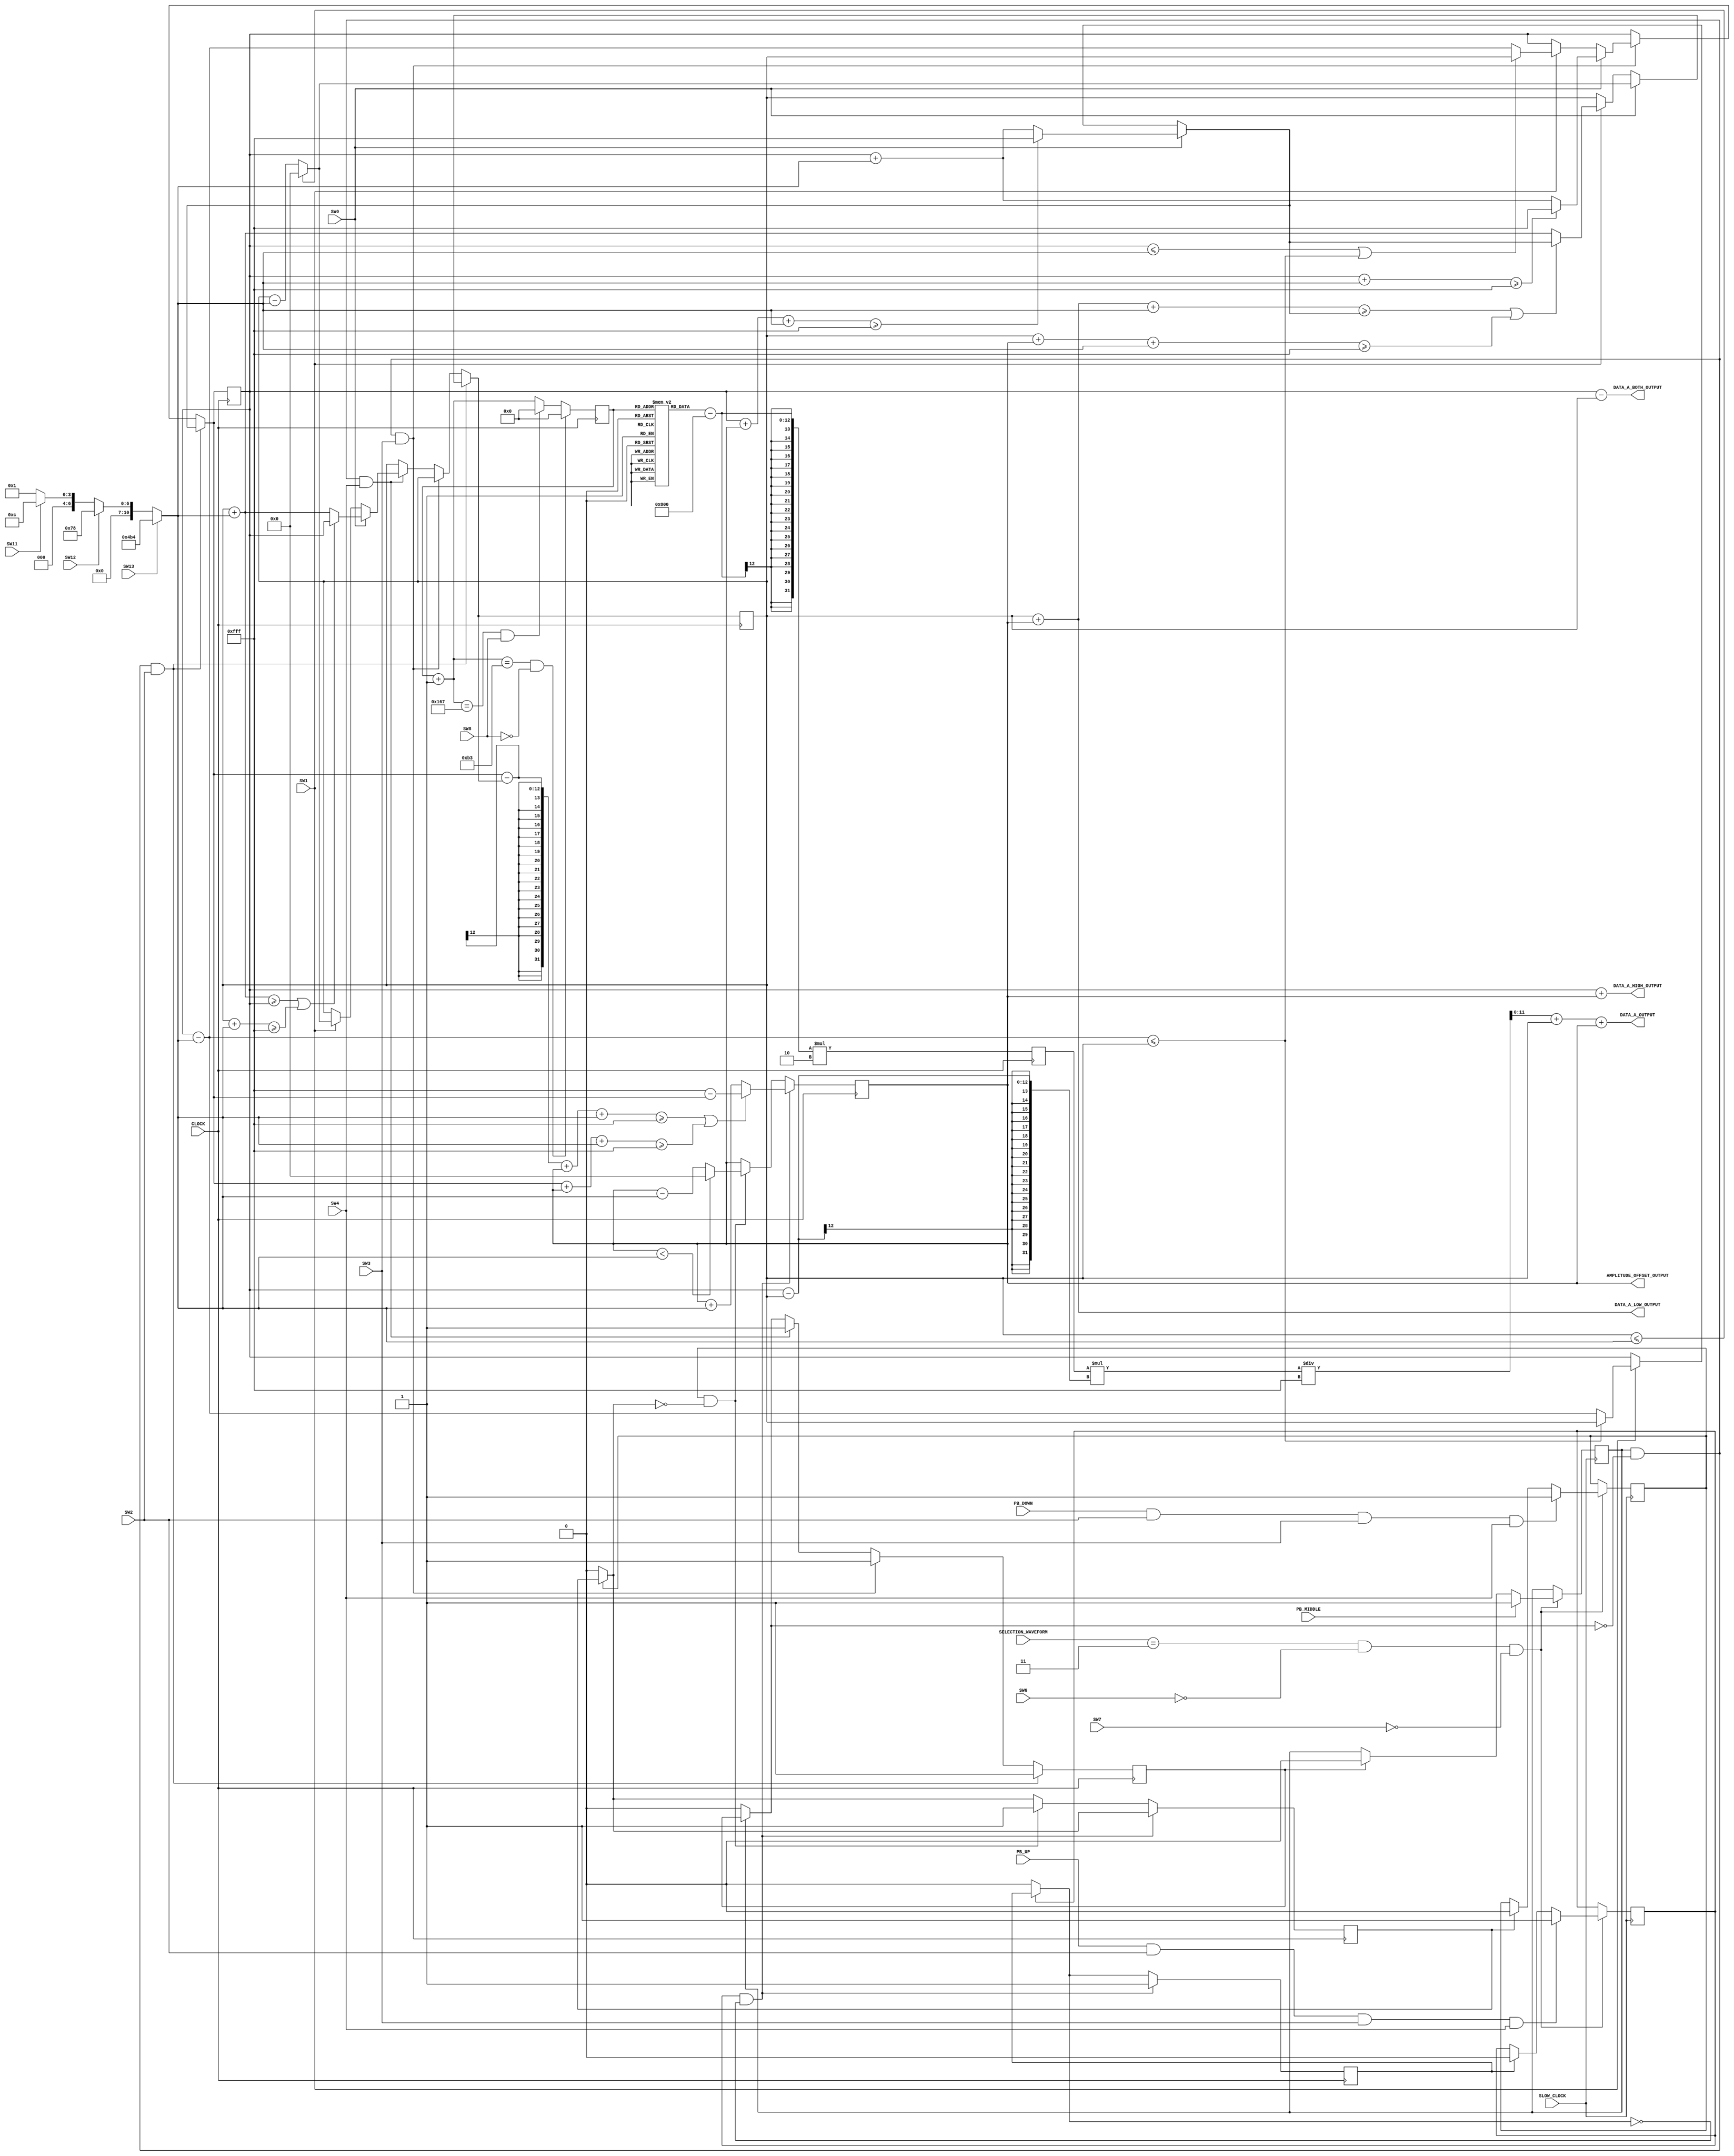
`timescale 1ns / 1ps
//////////////////////////////////////////////////////////////////////////////////
// Company: 
// Engineer: 
// 
// Design Name: 
// Module Name: SINE_WAVE_RECTIFIED
// Project Name: 
// Target Devices: 
// Tool Versions: 
// Description: 
// 
// Dependencies: 
// 
// Revision:
// Revision 0.01 - File Created
// Additional Comments:
// 
//////////////////////////////////////////////////////////////////////////////////


module SINE_WAVE_RECTIFIED(
    input CLOCK,
    input SLOW_CLOCK,
    input PB_UP,
    input PB_DOWN,
    input PB_MIDDLE,
    input SW0,
    input SW1,
    input SW2,
    input SW3,
    input SW4,
    input SW6,
    input SW7,
    input SW8,
    input SW11,
    input SW12,
    input SW13,
    input [1:0] SELECTION_WAVEFORM,
    output [11:0] DATA_A_OUTPUT,
    output [11:0] DATA_A_HIGH_OUTPUT,
    output [11:0] DATA_A_LOW_OUTPUT,
    output [11:0] DATA_A_BOTH_OUTPUT,
    output [11:0] AMPLITUDE_OFFSET_OUTPUT
    );
    
        
    reg [8:0] count;
    reg [11:0] sine[0:359];
    reg [11:0] DATA_A_Z = 12'h000;
    reg [11:0] DATA_A_HIGH = 12'hFFF; 
    reg [11:0] DATA_A_LOW = 12'h000;
    reg [11:0] amplitude_multiply = 12'h001;
    reg [11:0] offset = 12'h000;
    reg [11:0] offset_multiply = 12'h001;
    
    reg middle_press = 0;
    reg middle_press_reset = 0;
    reg up_press = 0;
    reg up_press_reset = 0;
    reg down_press = 0;
    reg down_press_reset = 0;
    
    //checking for up & down & middle PB //
    always @(posedge SLOW_CLOCK) begin
        if(SELECTION_WAVEFORM == 3 && SW6 == 0 && SW7 == 0)
        begin
        middle_press = (PB_MIDDLE == 1) ? 1 :
                        ((middle_press_reset == 1) ? 0 : middle_press);     //check MIDDLE pressbutton
                        
        up_press = (PB_UP == 1 && SW2 == 1 && SW3 == 1 && SW4 == 1) ? 1 :
                                ((up_press_reset == 1) ? 0 : up_press);             //check UP pressbutton
                                        
        down_press = (PB_DOWN == 1 && SW2 == 1 && SW3 == 1 && SW4 == 1) ? 1 :
                        ((down_press_reset == 1) ? 0 : down_press);         //check DOWN pressbutton
        end
    end
    //end of checking for up & down & middle PB //
    
    initial begin
    sine[0] = 2048;
    sine[1] = 2083;
    sine[2] = 2119;
    sine[3] = 2155;
    sine[4] = 2190;
    sine[5] = 2226;
    sine[6] = 2262;
    sine[7] = 2297;
    sine[8] = 2332;
    sine[9] = 2368;
    sine[10] = 2403;
    sine[11] = 2438;
    sine[12] = 2473;
    sine[13] = 2508;
    sine[14] = 2543;
    sine[15] = 2577;
    sine[16] = 2612;
    sine[17] = 2646;
    sine[18] = 2680;
    sine[19] = 2714;
    sine[20] = 2748;
    sine[21] = 2781;
    sine[22] = 2815;
    sine[23] = 2848;
    sine[24] = 2880;
    sine[25] = 2913;
    sine[26] = 2945;
    sine[27] = 2977;
    sine[28] = 3009;
    sine[29] = 3040;
    sine[30] = 3071;
    sine[31] = 3102;
    sine[32] = 3133;
    sine[33] = 3163;
    sine[34] = 3192;
    sine[35] = 3222;
    sine[36] = 3251;
    sine[37] = 3280;
    sine[38] = 3308;
    sine[39] = 3336;
    sine[40] = 3364;
    sine[41] = 3391;
    sine[42] = 3418;
    sine[43] = 3444;
    sine[44] = 3470;
    sine[45] = 3495;
    sine[46] = 3520;
    sine[47] = 3545;
    sine[48] = 3569;
    sine[49] = 3593;
    sine[50] = 3616;
    sine[51] = 3639;
    sine[52] = 3661;
    sine[53] = 3683;
    sine[54] = 3704;
    sine[55] = 3725;
    sine[56] = 3745;
    sine[57] = 3765;
    sine[58] = 3784;
    sine[59] = 3803;
    sine[60] = 3821;
    sine[61] = 3838;
    sine[62] = 3855;
    sine[63] = 3872;
    sine[64] = 3888;
    sine[65] = 3903;
    sine[66] = 3918;
    sine[67] = 3932;
    sine[68] = 3946;
    sine[69] = 3959;
    sine[70] = 3972;
    sine[71] = 3983;
    sine[72] = 3995;
    sine[73] = 4006;
    sine[74] = 4016;
    sine[75] = 4025;
    sine[76] = 4034;
    sine[77] = 4043;
    sine[78] = 4050;
    sine[79] = 4057;
    sine[80] = 4064;
    sine[81] = 4070;
    sine[82] = 4075;
    sine[83] = 4080;
    sine[84] = 4084;
    sine[85] = 4087;
    sine[86] = 4090;
    sine[87] = 4092;
    sine[88] = 4094;
    sine[89] = 4095;
    sine[90] = 4095;
    sine[91] = 4095;
    sine[92] = 4094;
    sine[93] = 4092;
    sine[94] = 4090;
    sine[95] = 4087;
    sine[96] = 4084;
    sine[97] = 4080;
    sine[98] = 4075;
    sine[99] = 4070;
    sine[100] = 4064;
    sine[101] = 4057;
    sine[102] = 4050;
    sine[103] = 4043;
    sine[104] = 4034;
    sine[105] = 4025;
    sine[106] = 4016;
    sine[107] = 4006;
    sine[108] = 3995;
    sine[109] = 3983;
    sine[110] = 3972;
    sine[111] = 3959;
    sine[112] = 3946;
    sine[113] = 3932;
    sine[114] = 3918;
    sine[115] = 3903;
    sine[116] = 3888;
    sine[117] = 3872;
    sine[118] = 3855;
    sine[119] = 3838;
    sine[120] = 3821;
    sine[121] = 3803;
    sine[122] = 3784;
    sine[123] = 3765;
    sine[124] = 3745;
    sine[125] = 3725;
    sine[126] = 3704;
    sine[127] = 3683;
    sine[128] = 3661;
    sine[129] = 3639;
    sine[130] = 3616;
    sine[131] = 3593;
    sine[132] = 3569;
    sine[133] = 3545;
    sine[134] = 3520;
    sine[135] = 3495;
    sine[136] = 3470;
    sine[137] = 3444;
    sine[138] = 3418;
    sine[139] = 3391;
    sine[140] = 3364;
    sine[141] = 3336;
    sine[142] = 3308;
    sine[143] = 3280;
    sine[144] = 3251;
    sine[145] = 3222;
    sine[146] = 3192;
    sine[147] = 3163;
    sine[148] = 3133;
    sine[149] = 3102;
    sine[150] = 3071;
    sine[151] = 3040;
    sine[152] = 3009;
    sine[153] = 2977;
    sine[154] = 2945;
    sine[155] = 2913;
    sine[156] = 2880;
    sine[157] = 2848;
    sine[158] = 2815;
    sine[159] = 2781;
    sine[160] = 2748;
    sine[161] = 2714;
    sine[162] = 2680;
    sine[163] = 2646;
    sine[164] = 2612;
    sine[165] = 2577;
    sine[166] = 2543;
    sine[167] = 2508;
    sine[168] = 2473;
    sine[169] = 2438;
    sine[170] = 2403;
    sine[171] = 2368;
    sine[172] = 2332;
    sine[173] = 2297;
    sine[174] = 2262;
    sine[175] = 2226;
    sine[176] = 2190;
    sine[177] = 2155;
    sine[178] = 2119;
    sine[179] = 2083;
    sine[180] = 2048;
    sine[181] = 2048;
    sine[182] = 2048;
    sine[183] = 2048;
    sine[184] = 2048;
    sine[185] = 2048;
    sine[186] = 2048;
    sine[187] = 2048;
    sine[188] = 2048;
    sine[189] = 2048;
    sine[190] = 2048;
    sine[191] = 2048;
    sine[192] = 2048;
    sine[193] = 2048;
    sine[194] = 2048;
    sine[195] = 2048;
    sine[196] = 2048;
    sine[197] = 2048;
    sine[198] = 2048;
    sine[199] = 2048;
    sine[200] = 2048;
    sine[201] = 2048;
    sine[202] = 2048;
    sine[203] = 2048;
    sine[204] = 2048;
    sine[205] = 2048;
    sine[206] = 2048;
    sine[207] = 2048;
    sine[208] = 2048;
    sine[209] = 2048;
    sine[210] = 2048;
    sine[211] = 2048;
    sine[212] = 2048;
    sine[213] = 2048;
    sine[214] = 2048;
    sine[215] = 2048;
    sine[216] = 2048;
    sine[217] = 2048;
    sine[218] = 2048;
    sine[219] = 2048;
    sine[220] = 2048;
    sine[221] = 2048;
    sine[222] = 2048;
    sine[223] = 2048;
    sine[224] = 2048;
    sine[225] = 2048;
    sine[226] = 2048;
    sine[227] = 2048;
    sine[228] = 2048;
    sine[229] = 2048;
    sine[230] = 2048;
    sine[231] = 2048;
    sine[232] = 2048;
    sine[233] = 2048;
    sine[234] = 2048;
    sine[235] = 2048;
    sine[236] = 2048;
    sine[237] = 2048;
    sine[238] = 2048;
    sine[239] = 2048;
    sine[240] = 2048;
    sine[241] = 2048;
    sine[242] = 2048;
    sine[243] = 2048;
    sine[244] = 2048;
    sine[245] = 2048;
    sine[246] = 2048;
    sine[247] = 2048;
    sine[248] = 2048;
    sine[249] = 2048;
    sine[250] = 2048;
    sine[251] = 2048;
    sine[252] = 2048;
    sine[253] = 2048;
    sine[254] = 2048;
    sine[255] = 2048;
    sine[256] = 2048;
    sine[257] = 2048;
    sine[258] = 2048;
    sine[259] = 2048;
    sine[260] = 2048;
    sine[261] = 2048;
    sine[262] = 2048;
    sine[263] = 2048;
    sine[264] = 2048;
    sine[265] = 2048;
    sine[266] = 2048;
    sine[267] = 2048;
    sine[268] = 2048;
    sine[269] = 2048;
    sine[270] = 2048;
    sine[271] = 2048;
    sine[272] = 2048;
    sine[273] = 2048;
    sine[274] = 2048;
    sine[275] = 2048;
    sine[276] = 2048;
    sine[277] = 2048;
    sine[278] = 2048;
    sine[279] = 2048;
    sine[280] = 2048;
    sine[281] = 2048;
    sine[282] = 2048;
    sine[283] = 2048;
    sine[284] = 2048;
    sine[285] = 2048;
    sine[286] = 2048;
    sine[287] = 2048;
    sine[288] = 2048;
    sine[289] = 2048;
    sine[290] = 2048;
    sine[291] = 2048;
    sine[292] = 2048;
    sine[293] = 2048;
    sine[294] = 2048;
    sine[295] = 2048;
    sine[296] = 2048;
    sine[297] = 2048;
    sine[298] = 2048;
    sine[299] = 2048;
    sine[300] = 2048;
    sine[301] = 2048;
    sine[302] = 2048;
    sine[303] = 2048;
    sine[304] = 2048;
    sine[305] = 2048;
    sine[306] = 2048;
    sine[307] = 2048;
    sine[308] = 2048;
    sine[309] = 2048;
    sine[310] = 2048;
    sine[311] = 2048;
    sine[312] = 2048;
    sine[313] = 2048;
    sine[314] = 2048;
    sine[315] = 2048;
    sine[316] = 2048;
    sine[317] = 2048;
    sine[318] = 2048;
    sine[319] = 2048;
    sine[320] = 2048;
    sine[321] = 2048;
    sine[322] = 2048;
    sine[323] = 2048;
    sine[324] = 2048;
    sine[325] = 2048;
    sine[326] = 2048;
    sine[327] = 2048;
    sine[328] = 2048;
    sine[329] = 2048;
    sine[330] = 2048;
    sine[331] = 2048;
    sine[332] = 2048;
    sine[333] = 2048;
    sine[334] = 2048;
    sine[335] = 2048;
    sine[336] = 2048;
    sine[337] = 2048;
    sine[338] = 2048;
    sine[339] = 2048;
    sine[340] = 2048;
    sine[341] = 2048;
    sine[342] = 2048;
    sine[343] = 2048;
    sine[344] = 2048;
    sine[345] = 2048;
    sine[346] = 2048;
    sine[347] = 2048;
    sine[348] = 2048;
    sine[349] = 2048;
    sine[350] = 2048;
    sine[351] = 2048;
    sine[352] = 2048;
    sine[353] = 2048;
    sine[354] = 2048;
    sine[355] = 2048;
    sine[356] = 2048;
    sine[357] = 2048;
    sine[358] = 2048;
    sine[359] = 2048;
    end
    
    always @ (posedge CLOCK)
    begin
        //switch amplitude setting//
        amplitude_multiply = (SW13 == 1) ? 12'h4B4 :                     // 1V
                                (SW12 == 1) ? 12'h078 :                  // 0.1V
                                    (SW11 == 1) ? 12'h00C : 12'h001;     // 0.01V else 0.001
        //end of switch amplitude setting//
                
        //amplitude setting//
        middle_press_reset = (middle_press == 0) ? 0 : middle_press_reset;
                
        if(middle_press == 1 && middle_press_reset == 0 && SW2 == 1) //changing Both amplitude
            begin
                DATA_A_HIGH = (SW0 == 1) ? ((DATA_A_HIGH + offset + amplitude_multiply >= 4095) ? 12'hFFF : (DATA_A_HIGH + amplitude_multiply)) :
                                ((SW1 == 1) ? ((DATA_A_HIGH - amplitude_multiply <= DATA_A_LOW) ? DATA_A_LOW : (DATA_A_HIGH - amplitude_multiply)) : DATA_A_HIGH);
                                
                DATA_A_LOW = (SW0 == 1) ? ((DATA_A_LOW <= amplitude_multiply) ? 12'h000 : (DATA_A_LOW - amplitude_multiply)) : 
                                ((SW1 == 1) ? ((DATA_A_LOW + offset + amplitude_multiply >= DATA_A_HIGH || DATA_A_LOW + offset + amplitude_multiply >= 4095) ? DATA_A_HIGH : (DATA_A_LOW + amplitude_multiply)) : DATA_A_LOW);                                                                                              
                middle_press_reset = 1;
            end
            else if(middle_press == 1 && middle_press_reset == 0 && SW3 == 1) //changing HIGH amplitude
            begin
                DATA_A_HIGH = (SW0 == 1) ? ((DATA_A_HIGH + amplitude_multiply >= 4095) ? 12'hFFF : (DATA_A_HIGH + amplitude_multiply)) :
                                ((SW1 == 1) ? ((DATA_A_HIGH <= amplitude_multiply || DATA_A_HIGH - amplitude_multiply <= DATA_A_LOW) ? DATA_A_LOW : (DATA_A_HIGH - amplitude_multiply)) : DATA_A_HIGH);
                middle_press_reset = 1 ;
            end
            else if(middle_press == 1 && middle_press_reset == 0 && SW4 == 1)//changing LOW amplitude
            begin
                DATA_A_LOW = (SW0 == 1) ? ((DATA_A_LOW + amplitude_multiply >= DATA_A_HIGH || DATA_A_LOW + amplitude_multiply >= 4095) ? DATA_A_HIGH : (DATA_A_LOW + amplitude_multiply)) : 
                                ((SW1 == 1) ? ((DATA_A_LOW <= amplitude_multiply) ? 12'h000 : (DATA_A_LOW - amplitude_multiply)) : DATA_A_LOW);
                middle_press_reset = 1 ;
        end
        //end of amplitude setting//
        
        //amplitude offset setting//
        offset_multiply = (SW13 == 1) ? 12'h4B4 :                     // 1V
                                (SW12 == 1) ? 12'h078 :                  // 0.1V
                                    (SW11 == 1) ? 12'h00C : 12'h001;     // 0.01V else 0.001
        //end of amplitude offset setting//
        
        //amplitude offset//
        up_press_reset = (up_press == 0) ? 0 : up_press_reset;
        down_press_reset = (down_press == 0) ? 0 : down_press_reset;
            
            if(up_press == 1 && up_press_reset == 0)
            begin
                if((DATA_A_HIGH - DATA_A_LOW) + offset + offset_multiply >= 4095 || DATA_A_HIGH + offset + offset_multiply >= 4095)
                begin
                    offset = 4095 - DATA_A_HIGH;
                end
                else
                begin
                    offset = offset + offset_multiply;
                end
                
                up_press_reset = 1 ;
            end
            else if(down_press == 1 && down_press_reset == 0)
            begin
                if(offset < offset_multiply)
                begin
                    offset = 12'h000;
                end
                else
                begin
                    offset = offset - offset_multiply;
                end
                
                down_press_reset = 1 ;
            end
        //end of amplitude offset//
        
        DATA_A_Z = (sine[count] - 2048)*2;
        count = count + 1;
        if(count == 179 && SW8 == 0)
        begin
            count = 0;
        end
        else if(count == 359 && SW8 == 1)
        begin
            count = 0;
        end
    end
    
    assign DATA_A_OUTPUT = ((DATA_A_Z * (DATA_A_HIGH-DATA_A_LOW))/4095 + DATA_A_LOW) + offset;
    assign DATA_A_HIGH_OUTPUT = DATA_A_HIGH + offset;
    assign DATA_A_LOW_OUTPUT = DATA_A_LOW + offset;
    assign DATA_A_BOTH_OUTPUT = (DATA_A_HIGH - DATA_A_LOW);
    assign AMPLITUDE_OFFSET_OUTPUT = offset;
endmodule